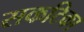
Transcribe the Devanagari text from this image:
सकटिका